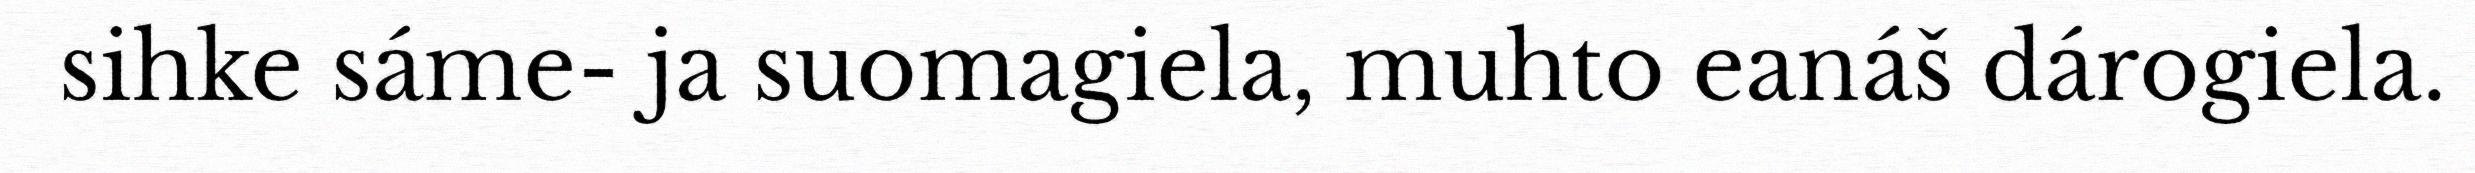
sihke sáme- ja suomagiela, muhto eanáš dárogiela.